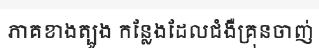
ភាគខាងត្បូង កន្លែងដែលជំងឺគ្រុនចាញ់